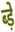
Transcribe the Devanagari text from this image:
ब्ड़े